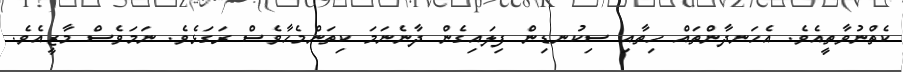
ކެތްނުވާތީއެވެ. އެހަނދާންތައް ހިތާއި ސިކުނޑިން ފިލައިގެން ދާނެނަމަ ކިތަންމެހާވެސް ރަގަޅެވެ. ނަމަވެސް މާޒީއެވެ.